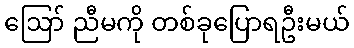
ဪ ညီမကို တစ်ခုပြောရဦးမယ်